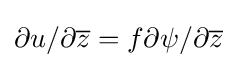
\partial u/\partial {\overline {z}}=f\partial \psi /\partial {\overline {z}}